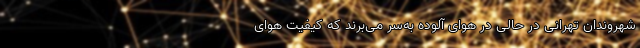
شهروندان تهرانی در حالی در هوای آلوده به‌سر می‌برند که کیفیت هوای